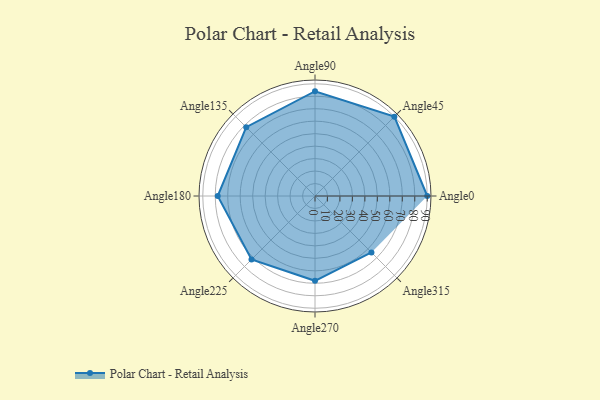
{"axis": {"x": "Angle", "y": "Radius"}, "legend": [""], "data": [{"x": "Angle0", "y": 90.0, "type": ""}, {"x": "Angle45", "y": 90.0, "type": ""}, {"x": "Angle90", "y": 84.0, "type": ""}, {"x": "Angle135", "y": 78.0, "type": ""}, {"x": "Angle180", "y": 78.0, "type": ""}, {"x": "Angle225", "y": 72.0, "type": ""}, {"x": "Angle270", "y": 68.0, "type": ""}, {"x": "Angle315", "y": 64.0, "type": ""}]}